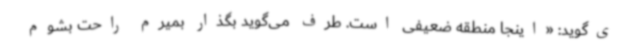
ی‌گوید: «اینجا منطقه ضعیفی است. طرف می‌گوید بگذار بمیرم راحت بشوم